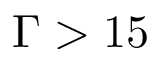
\Gamma > 1 5